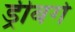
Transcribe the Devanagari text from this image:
ड्रीबर्ग